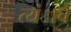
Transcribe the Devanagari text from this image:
त्यंाचे